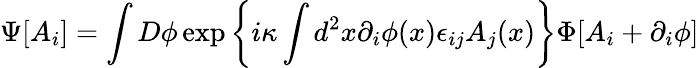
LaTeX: \Psi[A_{i}]=\int D\phi\exp\left\{ i\kappa\int d^{2}x\partial_{i}\phi(x)\epsilon_{ij}A_{j}(x)\right\} \Phi[A_{i}+\partial_{i}\phi]